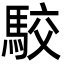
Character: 駮